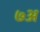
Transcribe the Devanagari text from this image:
७अ